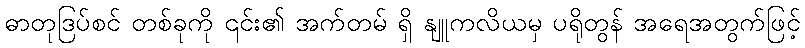
ဓာတုဒြပ်စင် တစ်ခုကို ၎င်း၏ အက်တမ် ရှိ နျူကလိယမှ ပရိုတွန် အရေအတွက်ဖြင့်